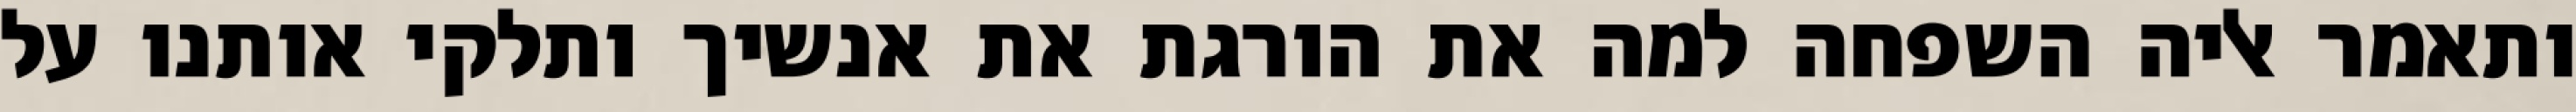
ותאמר אליה השפחה למה את הורגת את אנשיך ותלקי אותנו על